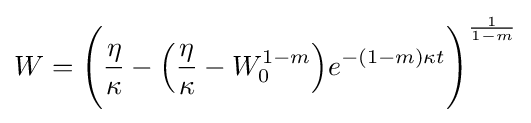
W={\Biggl (}{\frac {\eta }{\kappa }}-{\Bigl (}{\frac {\eta }{\kappa }}-W_{0}^{1-m}{\Bigr )}e^{-(1-m)\kappa t}{\Biggr )}^{\frac {1}{1-m}}